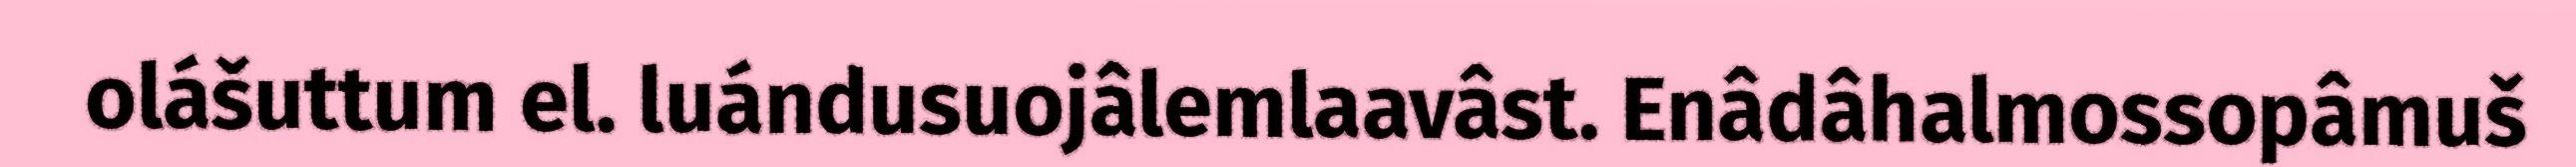
olášuttum el. luándusuojâlemlaavâst. Enâdâhalmossopâmuš